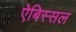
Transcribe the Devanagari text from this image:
ऐबिस्सल